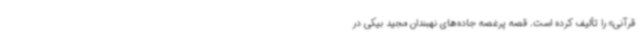
قرآنی» را تألیف کرده است. قصه پرغصه جاده‌های نهبندان مجید بیکی در